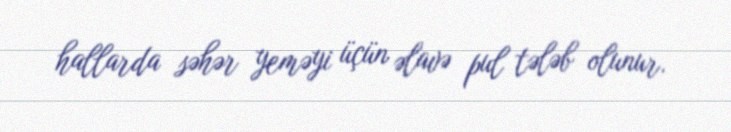
hallarda səhər yeməyi üçün əlavə pul tələb olunur.